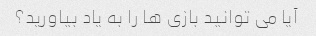
آیا می توانید بازی ها را به یاد بیاورید؟